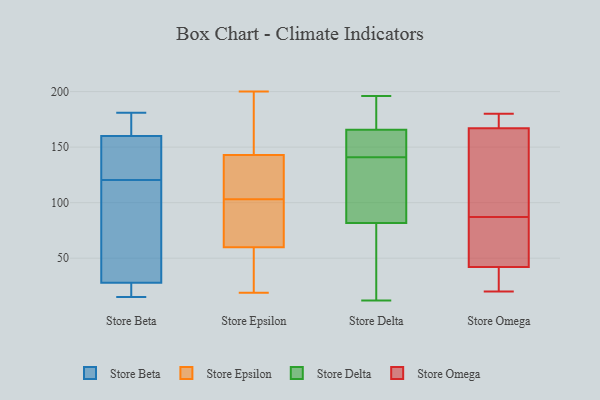
{"axis": {"x": "Production Output", "y": "Value"}, "legend": ["Store Beta", "Store Delta", "Store Epsilon", "Store Omega"], "data": [{"x": "", "y": 151, "type": "Store Beta"}, {"x": "", "y": 130, "type": "Store Beta"}, {"x": "", "y": 55, "type": "Store Beta"}, {"x": "", "y": 163, "type": "Store Beta"}, {"x": "", "y": 88, "type": "Store Beta"}, {"x": "", "y": 70, "type": "Store Beta"}, {"x": "", "y": 23, "type": "Store Beta"}, {"x": "", "y": 181, "type": "Store Beta"}, {"x": "", "y": 28, "type": "Store Beta"}, {"x": "", "y": 171, "type": "Store Beta"}, {"x": "", "y": 15, "type": "Store Beta"}, {"x": "", "y": 24, "type": "Store Beta"}, {"x": "", "y": 176, "type": "Store Beta"}, {"x": "", "y": 134, "type": "Store Beta"}, {"x": "", "y": 160, "type": "Store Beta"}, {"x": "", "y": 111, "type": "Store Beta"}, {"x": "", "y": 27, "type": "Store Beta"}, {"x": "", "y": 150, "type": "Store Beta"}, {"x": "", "y": 105, "type": "Store Epsilon"}, {"x": "", "y": 103, "type": "Store Epsilon"}, {"x": "", "y": 143, "type": "Store Epsilon"}, {"x": "", "y": 196, "type": "Store Epsilon"}, {"x": "", "y": 188, "type": "Store Epsilon"}, {"x": "", "y": 152, "type": "Store Epsilon"}, {"x": "", "y": 40, "type": "Store Epsilon"}, {"x": "", "y": 91, "type": "Store Epsilon"}, {"x": "", "y": 83, "type": "Store Epsilon"}, {"x": "", "y": 143, "type": "Store Epsilon"}, {"x": "", "y": 44, "type": "Store Epsilon"}, {"x": "", "y": 200, "type": "Store Epsilon"}, {"x": "", "y": 87, "type": "Store Epsilon"}, {"x": "", "y": 138, "type": "Store Epsilon"}, {"x": "", "y": 52, "type": "Store Epsilon"}, {"x": "", "y": 117, "type": "Store Epsilon"}, {"x": "", "y": 91, "type": "Store Epsilon"}, {"x": "", "y": 19, "type": "Store Epsilon"}, {"x": "", "y": 24, "type": "Store Epsilon"}, {"x": "", "y": 171, "type": "Store Delta"}, {"x": "", "y": 163, "type": "Store Delta"}, {"x": "", "y": 101, "type": "Store Delta"}, {"x": "", "y": 164, "type": "Store Delta"}, {"x": "", "y": 84, "type": "Store Delta"}, {"x": "", "y": 12, "type": "Store Delta"}, {"x": "", "y": 162, "type": "Store Delta"}, {"x": "", "y": 113, "type": "Store Delta"}, {"x": "", "y": 58, "type": "Store Delta"}, {"x": "", "y": 141, "type": "Store Delta"}, {"x": "", "y": 172, "type": "Store Delta"}, {"x": "", "y": 94, "type": "Store Delta"}, {"x": "", "y": 75, "type": "Store Delta"}, {"x": "", "y": 160, "type": "Store Delta"}, {"x": "", "y": 67, "type": "Store Delta"}, {"x": "", "y": 196, "type": "Store Delta"}, {"x": "", "y": 196, "type": "Store Delta"}, {"x": "", "y": 174, "type": "Store Omega"}, {"x": "", "y": 42, "type": "Store Omega"}, {"x": "", "y": 98, "type": "Store Omega"}, {"x": "", "y": 35, "type": "Store Omega"}, {"x": "", "y": 57, "type": "Store Omega"}, {"x": "", "y": 20, "type": "Store Omega"}, {"x": "", "y": 180, "type": "Store Omega"}, {"x": "", "y": 76, "type": "Store Omega"}, {"x": "", "y": 151, "type": "Store Omega"}, {"x": "", "y": 167, "type": "Store Omega"}]}